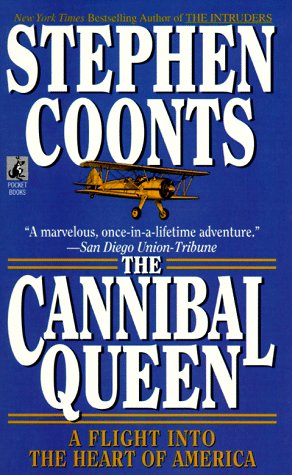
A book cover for Cannibal Queen; Stephen Coonts; Travel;